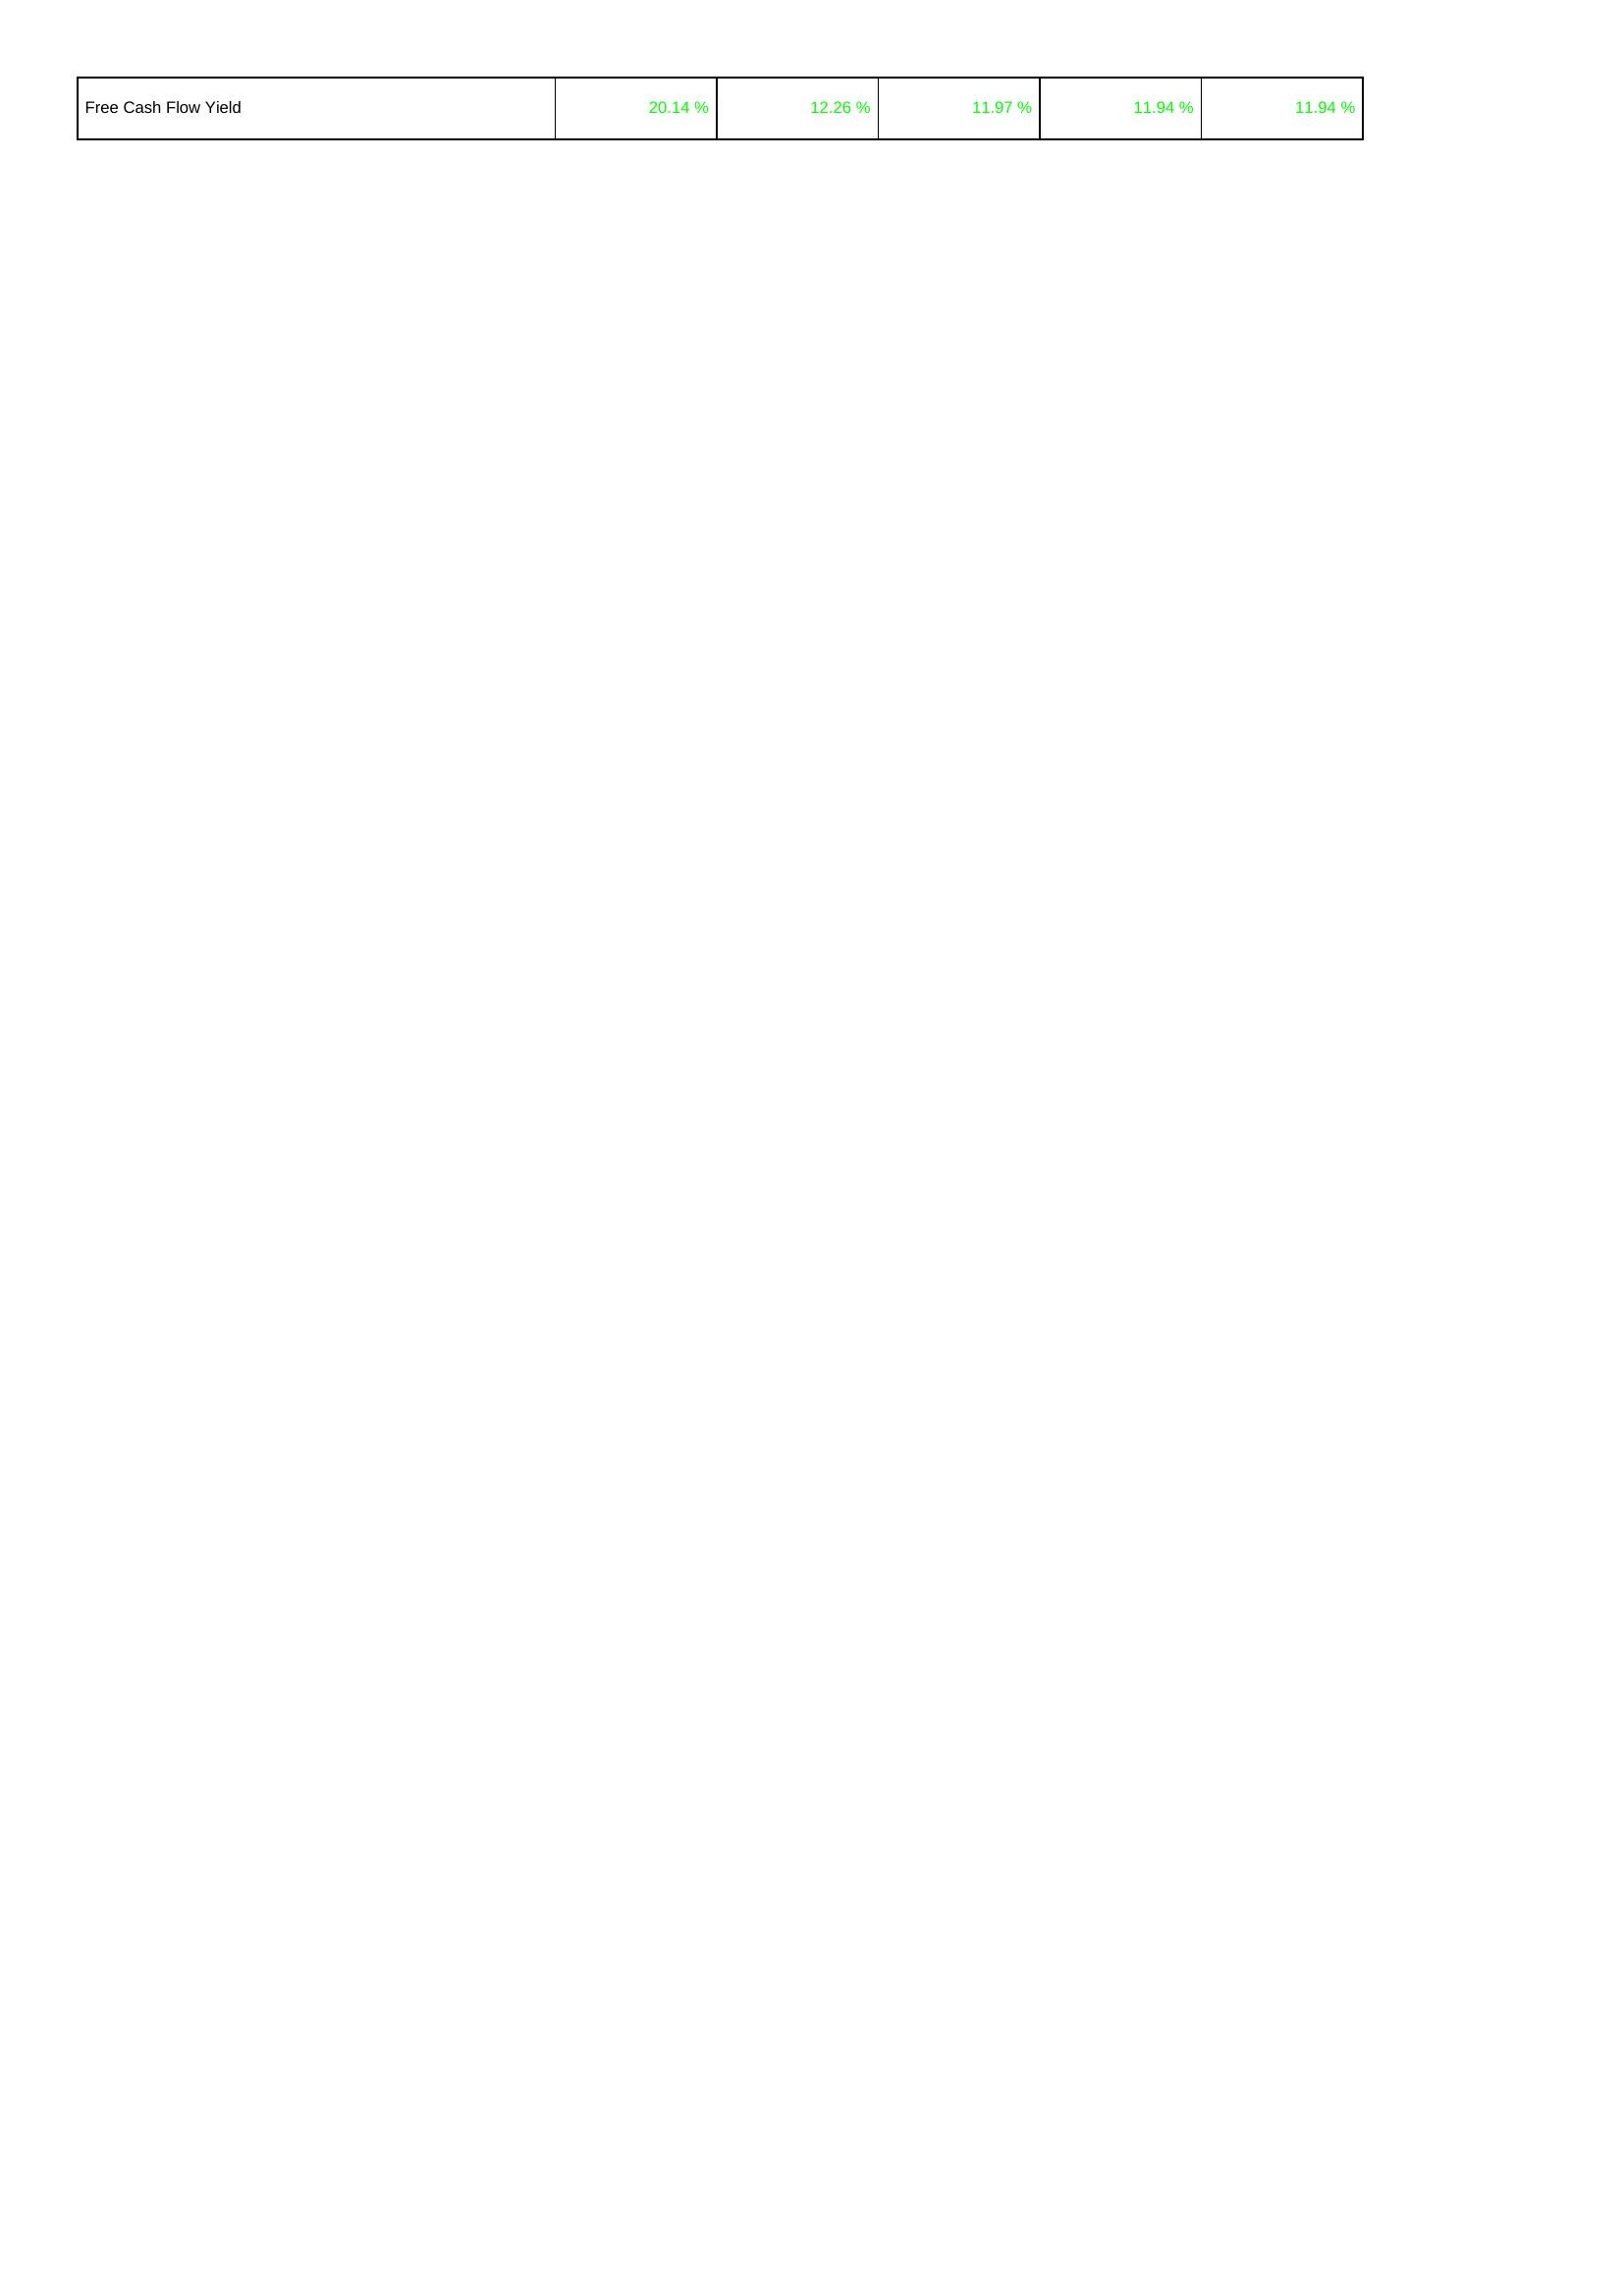
2025: Financing Activities: Free Cash Flow Yield: 20.14 %
2024: Financing Activities: Free Cash Flow Yield: 12.26 %
2023: Financing Activities: Free Cash Flow Yield: 11.97 %
2022: Financing Activities: Free Cash Flow Yield: 11.94 %
2021: Financing Activities: Free Cash Flow Yield: 11.94 %